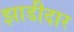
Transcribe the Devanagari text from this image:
झाडीदार